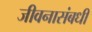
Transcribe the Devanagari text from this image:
जीवनासंबधी